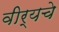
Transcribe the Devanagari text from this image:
वीर्यचे